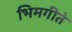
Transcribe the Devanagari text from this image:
भिमगीते